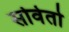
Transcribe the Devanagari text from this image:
सोवेतो